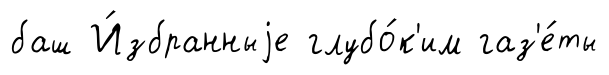
баш И́збранныjе глубо́к'им газ'е́ты